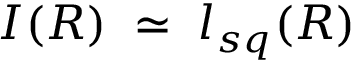
I ( R ) \; \simeq \; l _ { s q } ( R )